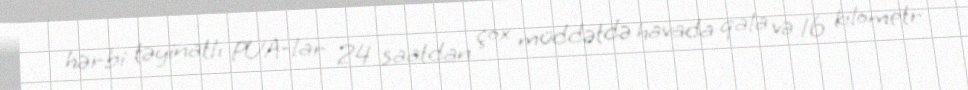
hərbi təyinatlı PUA-lar 24 saatdan çox müddətdə havada qala və 16 kilometr